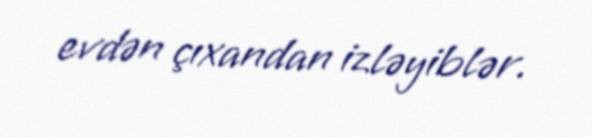
evdən çıxandan izləyiblər.